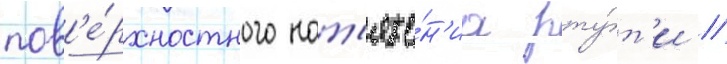
пов'е́рхностного нат'яже́н'иа рту́т'и //